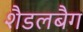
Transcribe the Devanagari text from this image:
शैडलबैग